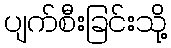
ပျက်စီးခြင်းသို့